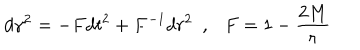
d \gamma ^ { 2 } = - F d t ^ { 2 } + F ^ { - 1 } d r ^ { 2 } ~ ~ , F = 1 - { \frac { 2 M } { r } } ~ ~ ~